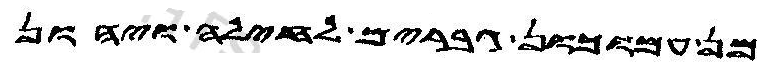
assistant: מן עמוכון גברים לחילה ויהון